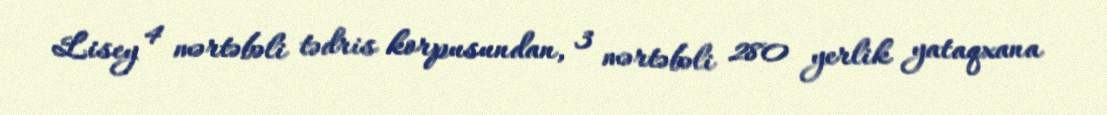
Lisey 4 mərtəbəli tədris korpusundan, 3 mərtəbəli 280 yerlik yataqxana